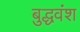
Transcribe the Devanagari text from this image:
बुद्धवंश